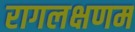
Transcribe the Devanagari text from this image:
रागलक्षणम